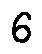
6